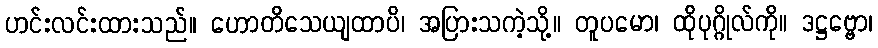
ဟင်းလင်းထားသည်။ ဟောတိသေယျထာပိ၊ အပြားသကဲ့သို့။ တူပမော၊ ထိုပုဂ္ဂိုလ်ကို။ ဒဋ္ဌဗ္ဗော၊